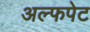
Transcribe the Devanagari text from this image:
अल्फपेट